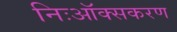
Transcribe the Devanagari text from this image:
निःऑक्सकरण